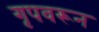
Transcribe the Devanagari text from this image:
गृपवरून